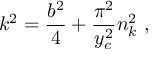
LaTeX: k ^ { 2 } = \frac { b ^ { 2 } } { 4 } + \frac { \pi ^ { 2 } } { y _ { c } ^ { 2 } } n _ { k } ^ { 2 } ~ ,